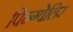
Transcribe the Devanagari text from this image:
पिन्ग्वेलिर